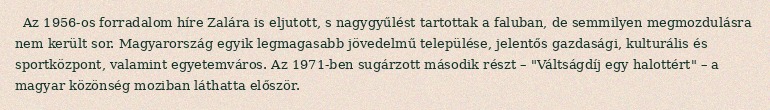
Az 1956-os forradalom híre Zalára is eljutott, s nagygyűlést tartottak a faluban, de semmilyen megmozdulásra nem került sor. Magyarország egyik legmagasabb jövedelmű települése, jelentős gazdasági, kulturális és sportközpont, valamint egyetemváros. Az 1971-ben sugárzott második részt – "Váltságdíj egy halottért" – a magyar közönség moziban láthatta először.